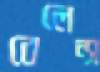
বেলেন্স